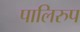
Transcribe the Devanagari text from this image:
पालिरुप